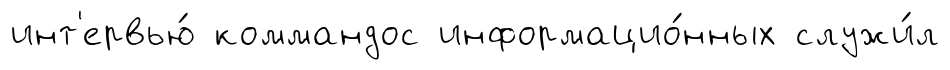
инт'ервью́ коммандос информацио́нных служи́л